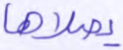
يصلاها